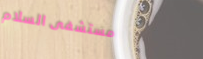
مستشفى السلام